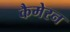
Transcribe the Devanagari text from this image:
कैमेरन